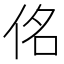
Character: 佲